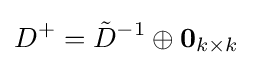
D^{+}={\tilde {D}}^{-1}\oplus \mathbf {0} _{k\times k}